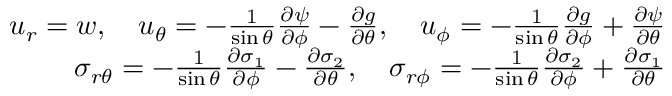
\begin{array} { r } { u _ { r } = w , \quad u _ { \theta } = - \frac { 1 } { \sin \theta } \frac { \partial \psi } { \partial \phi } - \frac { \partial g } { \partial \theta } , \quad u _ { \phi } = - \frac { 1 } { \sin \theta } \frac { \partial g } { \partial \phi } + \frac { \partial \psi } { \partial \theta } } \\ { \sigma _ { r \theta } = - \frac { 1 } { \sin \theta } \frac { \partial \sigma _ { 1 } } { \partial \phi } - \frac { \partial \sigma _ { 2 } } { \partial \theta } , \quad \sigma _ { r \phi } = - \frac { 1 } { \sin \theta } \frac { \partial \sigma _ { 2 } } { \partial \phi } + \frac { \partial \sigma _ { 1 } } { \partial \theta } } \end{array}